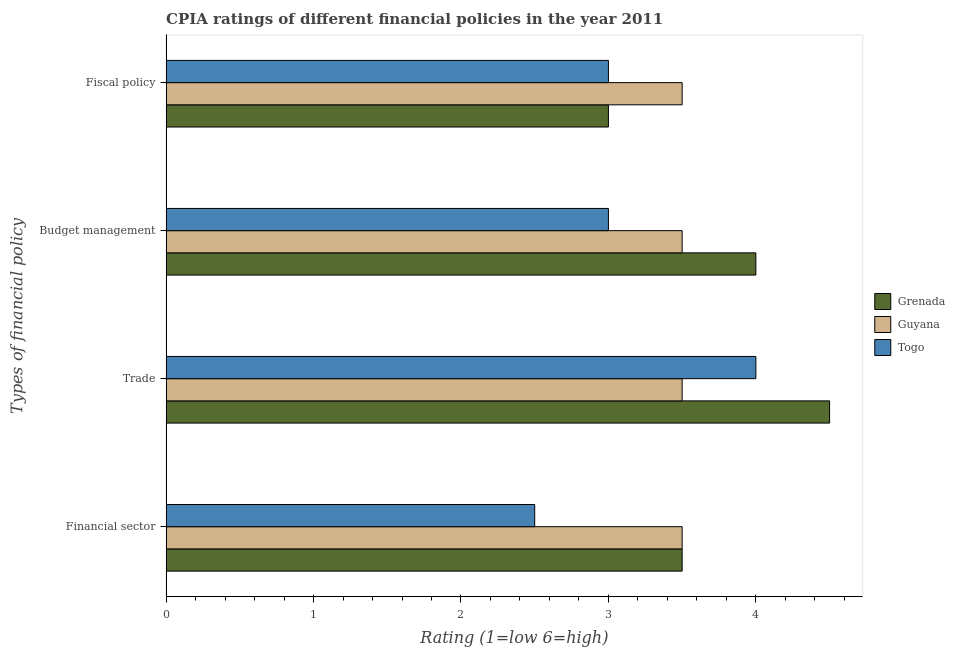
| Types of financial policy | Grenada | Guyana | Togo |
 | --- | --- | --- | --- |
 | Financial sector | 3.5 | 3.5 | 2.5 |
 | Trade | 4.5 | 3.5 | 4 |
 | Budget management | 4 | 3.5 | 3 |
 | Fiscal policy | 3 | 3.5 | 3 |